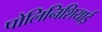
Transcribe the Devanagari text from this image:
पोलिनिशियाई